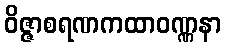
ဝိဇ္ဇာစရဏကထာဝဏ္ဏနာ